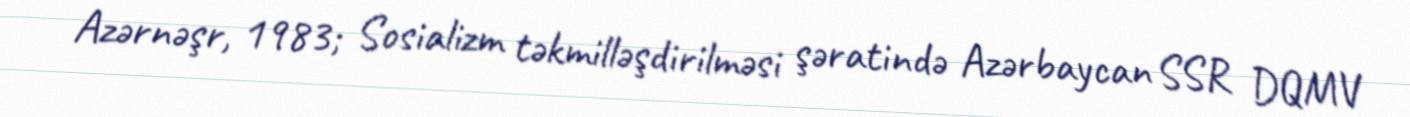
Azərnəşr, 1983; Sosializm təkmilləşdirilməsi şəratində Azərbaycan SSR DQMV